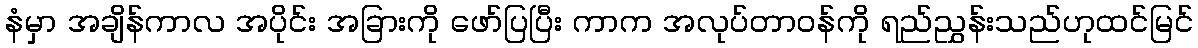
နံမှာ အချိန်ကာလ အပိုင်း အခြားကို ဖော်ပြပြီး ကာက အလုပ်တာဝန်ကို ရည်ညွှန်းသည်ဟုထင်မြင်